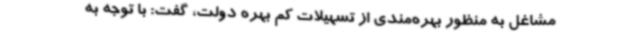
مشاغل به منظور بهره‌مندی از تسهیلات کم بهره دولت، گفت: با توجه به